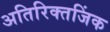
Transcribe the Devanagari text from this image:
अतिरिक्तजिंक